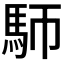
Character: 𩡸